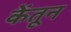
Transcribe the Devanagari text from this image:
केंतून